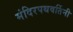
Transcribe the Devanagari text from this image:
मंदिरपथवर्तिनी